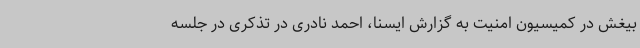
بیغش در کمیسیون امنیت به گزارش ایسنا، احمد نادری در تذکری در جلسه